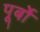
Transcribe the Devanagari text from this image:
पूर्बो